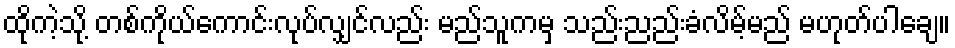
ထိုကဲ့သို့ တစ်ကိုယ်ကောင်းလုပ်လျှင်လည်း မည်သူကမှ သည်းညည်းခံလိမ့်မည် မဟုတ်ပါချေ။